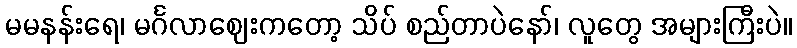
မမနန်းရေ၊ မင်္ဂလာဈေးကတော့ သိပ် စည်တာပဲနော်၊ လူတွေ အများကြီးပဲ။